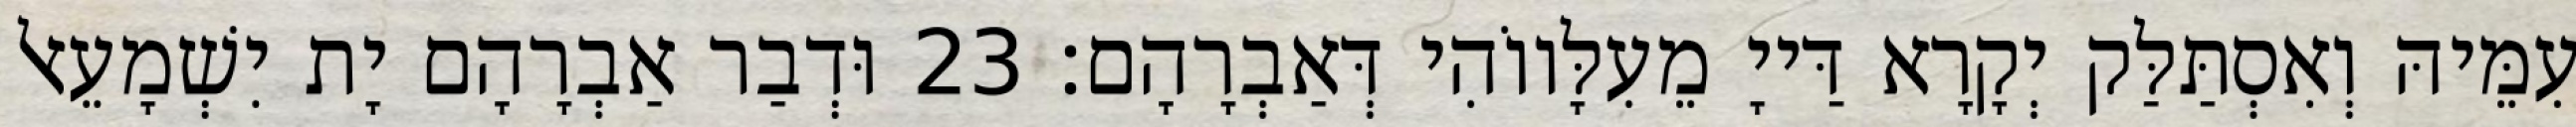
עִמֵּיהּ וְאִסְתַּלַּק יְקָרָא דַּייָ מֵעִלָּווֹהִי דְּאַבְרָהָם׃ 23 וּדְבַר אַבְרָהָם יָת יִשְׁמָעֵאל